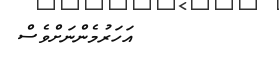
އަހަރުމެންނަށްވެސް